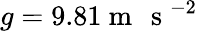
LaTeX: g=9.81\mathrm{~m~\, ~s~}^{-2}